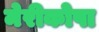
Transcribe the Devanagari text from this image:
मेरीकोपा